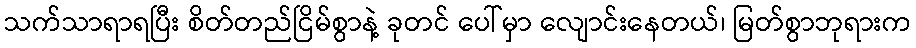
သက်သာရာရပြီး စိတ်တည်ငြိမ်စွာနဲ့ ခုတင် ပေါ်မှာ လျောင်းနေတယ်၊ မြတ်စွာဘုရားက